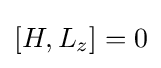
[H,L_{z}]=0